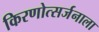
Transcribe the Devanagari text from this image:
किरणोत्सर्जनाला